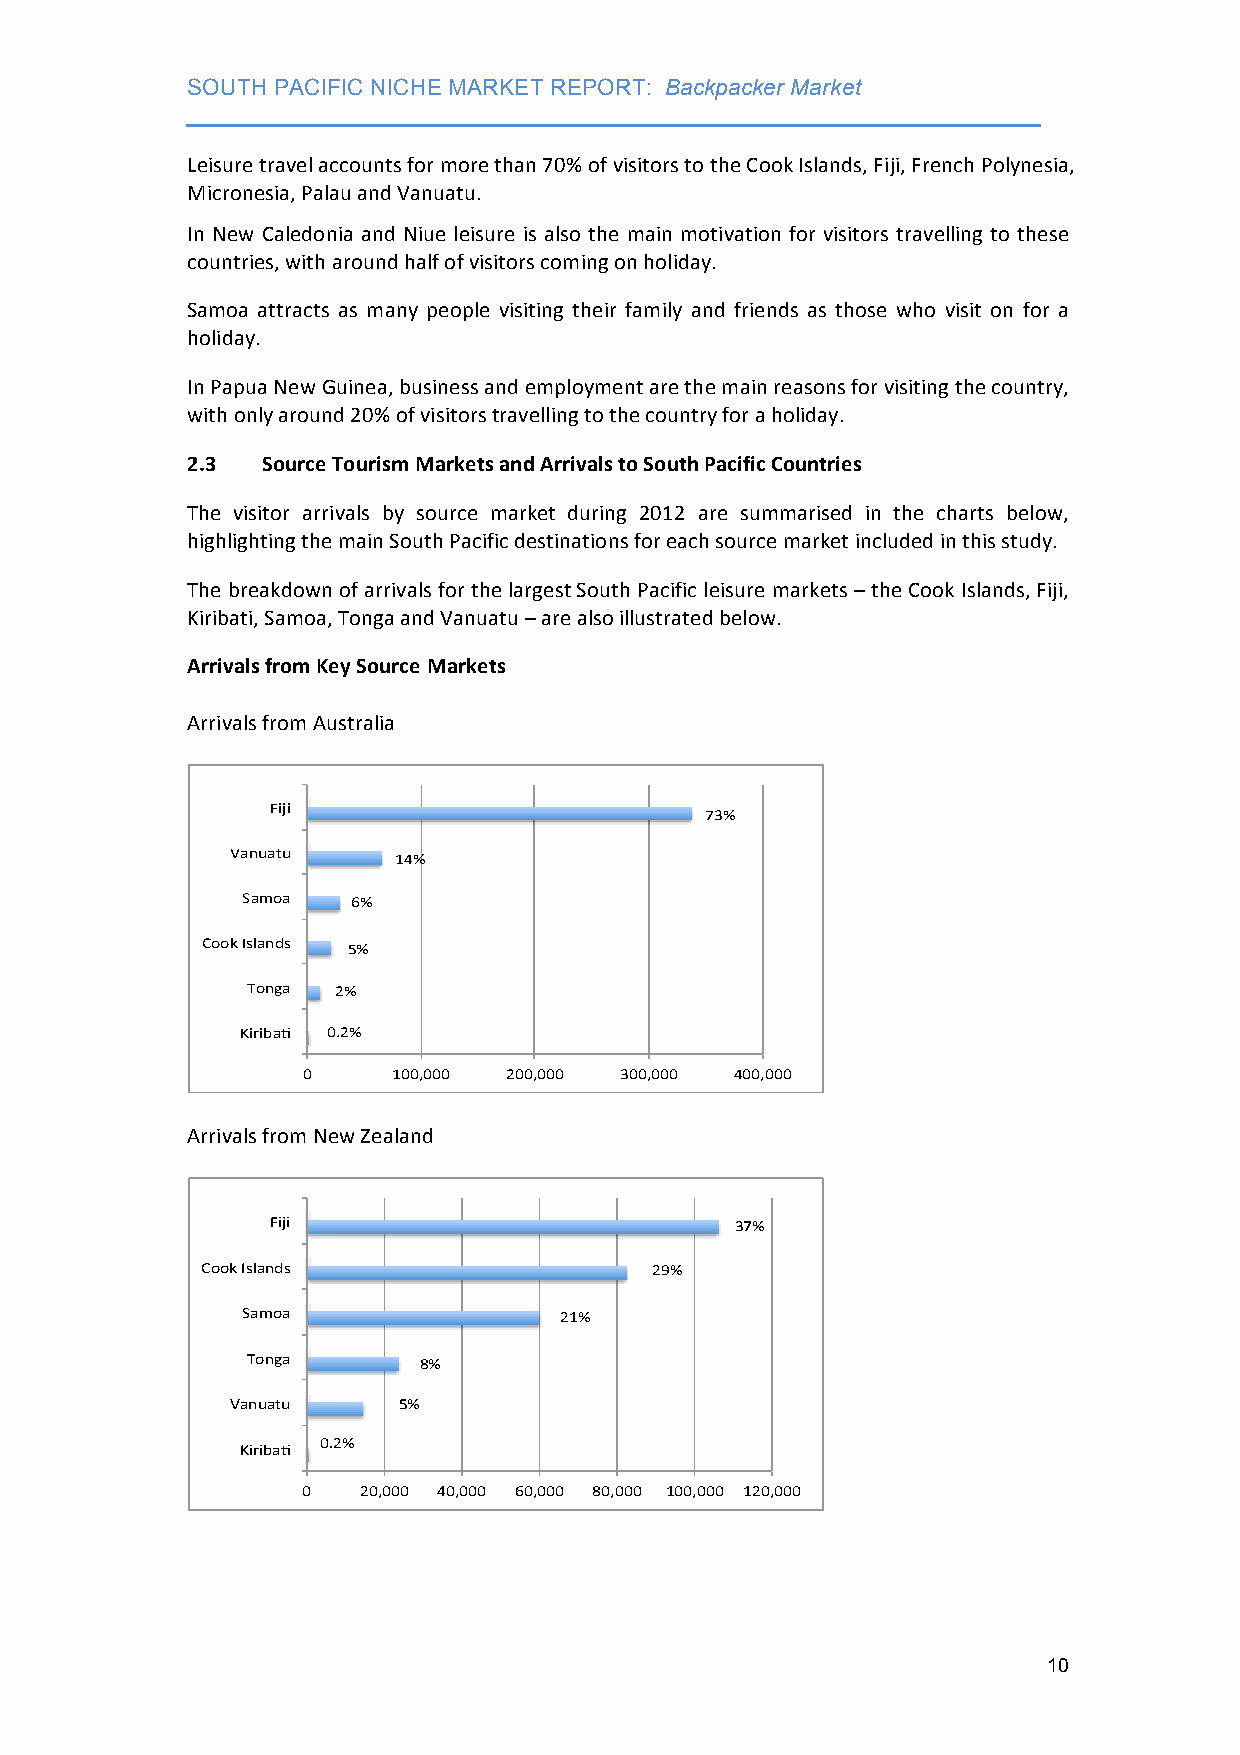
SOUTH PACIFIC NICHE MARKET REPORT: Backpacker Market
 ___________________________________________________________________
 Leisure travel accounts for more than 70% of visitors to the Cook Islands, Fiji, French Polynesia,
 Micronesia, Palau and Vanuatu.
 In New Caledonia and Niue leisure is also the main motivation for visitors travelling to these
 countries, with around half of visitors coming on holiday.
 Samoa attracts as many people visiting their family and friends as those who visit on for a
 holiday.
 In Papua New Guinea, business and employment are the main reasons for visiting the country,
 with only around 20% of visitors travelling to the country for a holiday.
 2.3  Source Tourism Markets and Arrivals to South Pacific Countries
 The visitor arrivals by source market during 2012 are summarised in the charts below,
 highlighting the main South Pacific destinations for each source market included in this study.
 The breakdown of arrivals for the largest South Pacific leisure markets – the Cook Islands, Fiji,
 Kiribati, Samoa, Tonga and Vanuatu – are also illustrated below.
 Arrivals from Key Source Markets
 Arrivals from Australia
 Fiji%
 73%%
 Vanuatu%   14%%
 Samoa% 6%%
 Cook%Islands% 5%%
 Tonga% 2%%
 Kiriba2% 0.2%%
 0%    100,000% 200,000% 300,000% 400,000%
 Arrivals from New Zealand
 Fiji%                          37%%
 Cook%Islands%                 29%%
 Samoa%               21%%
 Tonga%      8%%
 Vanuatu%   5%%
 0.2%%
 Kiriba4%
 0%  20,000% 40,000% 60,000% 80,000% 100,000% 120,000%
 10